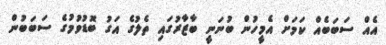
އެއް ސަބަބެއް ކަމަށް އެމީހުން ބުނަނީ ބާޒާރުގައި ތެލުގެ އަގު ބޮޑުވުމުގެ ސަބަބުން